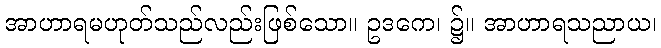
အာဟာရမဟုတ်သည်လည်းဖြစ်သော။ ဥဒကေ၊ ၌။ အာဟာရသညာယ၊